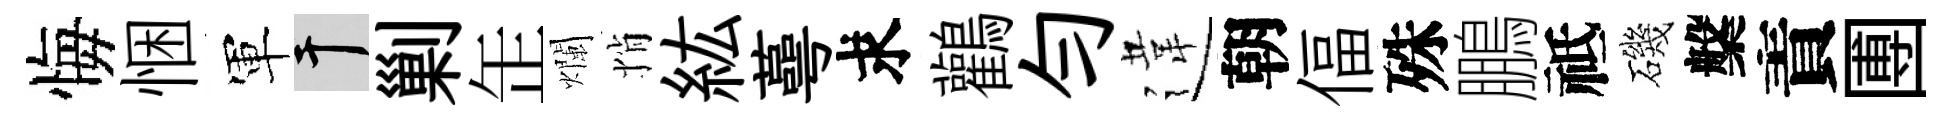
悔悃軍干剿𦈢爛悄紘蕚求鸛勻違朝偪殊鵬祗磯槃責圑